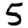
Digit: 5